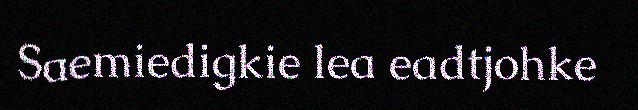
Saemiedigkie lea eadtjohke